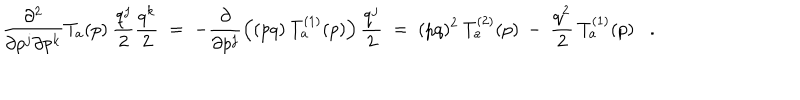
LaTeX: \frac { \partial ^ { 2 } } { \partial p ^ { j } \partial p ^ { k } } T _ { a } ( p ) \: \frac { q ^ { j } } { 2 } \frac { q ^ { k } } { 2 } \; = \; - \frac { \partial } { \partial p ^ { j } } \left( ( p q ) \: T _ { a } ^ { ( 1 ) } ( p ) \right) \frac { q ^ { j } } { 2 } \; = \; ( p q ) ^ { 2 } \: T _ { a } ^ { ( 2 ) } ( p ) \: - \: \frac { q ^ { 2 } } { 2 } \: T _ { a } ^ { ( 1 ) } ( p ) .